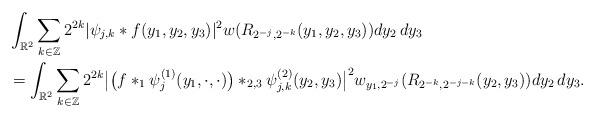
LaTeX: \begin{align*}&\int_{\mathbb R^2} \sum _{k\in \Bbb Z} 2^{2k} \vert \psi_{j,k}*f(y_1,y_2,y_3)\vert ^2 w(R_{2^{-j},2^{-k}} (y_1,y_2,y_3) ) {dy_2\,dy_3 }\\&=\int_{\mathbb R^2} \sum _{k\in \Bbb Z} 2^{2k} \big\vert \big(f\ast_1\psi^{(1)}_{j}(y_1,\cdot,\cdot)\big) \ast_{2,3} \psi^{(2)}_{j,k}(y_2,y_3)\big\vert ^2 w_{y_1,2^{-j}}(R_{2^{-k},2^{-j-k}} (y_2,y_3) ) {dy_2\,dy_3 }.\end{align*}